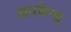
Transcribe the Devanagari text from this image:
अवकेन्द्र